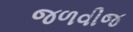
જળવીજ